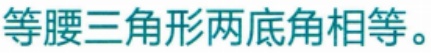
等腰三角形两底角相等。